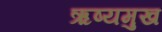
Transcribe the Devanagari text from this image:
ऋष्यमुख